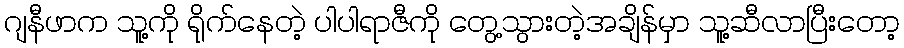
ဂျနီဖာက သူ့ကို ရိုက်နေတဲ့ ပါပါရာဇီကို တွေ့သွားတဲ့အချိန်မှာ သူ့ဆီလာပြီးတော့